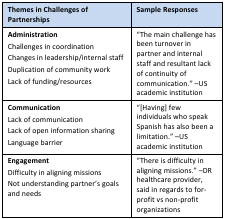
| Themes in Challenges of Partnerships | Sample Responses |
 | --- | --- |
 | AdministrationChallenges in coordinationChanges in leadership/internal staffDuplication of community workLack of funding/resources | “The main challenge has been turnover in partner and internal staff and resultant lack of continuity of communication.” –US academic institution |
 | CommunicationLack of communicationLack of open information sharingLanguage barrier | “[Having] few individuals who speak Spanish has also been a limitation.” –US academic institution |
 | EngagementDifficulty in aligning missionsNot understanding partner’s goals and needs | “There is difficulty in aligning missions.” –DR healthcare provider, said in regards to for-profit vs non-profit organizations |